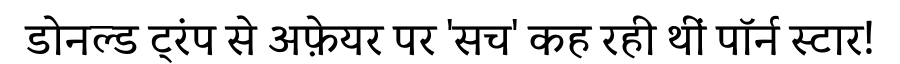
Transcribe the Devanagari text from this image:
डोनल्ड ट्रंप से अफ़ेयर पर 'सच' कह रही थीं पॉर्न स्टार!